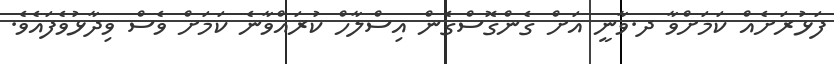
ފަޅުރަށެއް ކަމަށްވާ ދ.ވާނީ އަށް ގެންގޮސްގެން އިސްލާހް ކުރައްވާނެ ކަމަށް ވެސް ވިދާޅުވެފައެވެ.